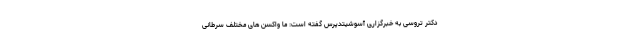
دکتر تروسی به خبرگزاری آسوشیتدپرس گفته است: ما واکسن های مختلف سرطانی